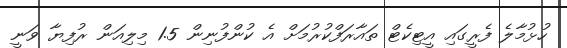
ހުޅުމާލެ ފެރީގައި އީޓިކެޓް ތައާރަފްކުރުމަށް އެ ކުންފުނިން 1.5 މިލިއަން ރުފިޔާ ވަނީ